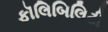
ફૉલિબિલિટી